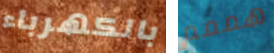
بالكهرباء هممم